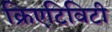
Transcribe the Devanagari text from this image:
क्रिएटिविटी